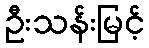
ဦးသန်းမြင့်